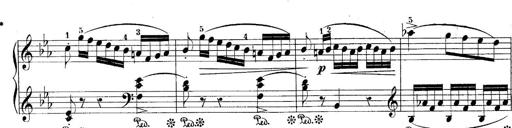
Title: 10 Sonatines progressives
Composer: Anton Schmoll